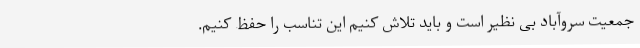
جمعیت سروآباد بی نظیر است و باید تلاش کنیم این تناسب را حفظ کنیم.